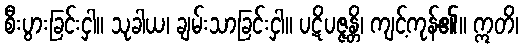
စီးပွားခြင်းငှါ။ သုခါယ၊ ချမ်းသာခြင်းငှါ။ ပဋိပဇ္ဇန္တိ၊ ကျင့်ကုန်၏။ ဣတိ၊